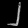
Digit: ၂